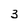
Character: 3